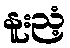
နူးညံ့